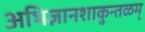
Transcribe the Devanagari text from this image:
अभिज्ञानशाकुन्तळम्